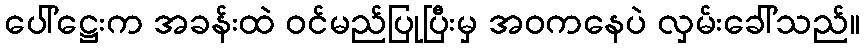
ပေါ်ဋ္ဌေးက အခန်းထဲ ဝင်မည်ပြုပြီးမှ အဝကနေပဲ လှမ်းခေါ်သည်။